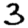
Digit: 3